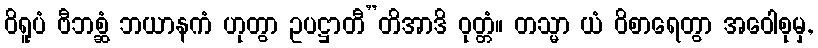
ဝိရူပံ ဗီဘစ္ဆံ ဘယာနကံ ဟုတွာ ဥပဋ္ဌာတီ”တိအာဒိ ဝုတ္တံ။ တသ္မာ ယံ ဝိစာရေတွာ အဝေါစုမှ,